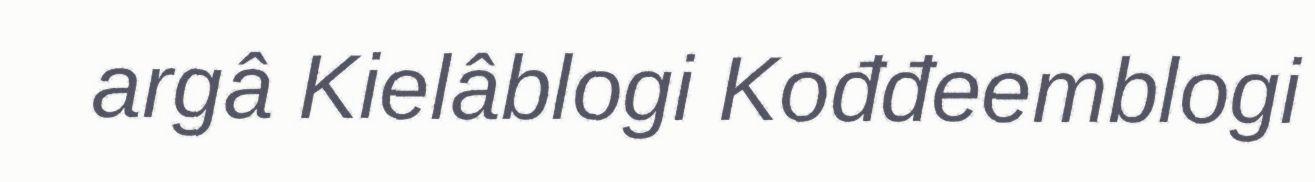
argâ Kielâblogi Kođđeemblogi